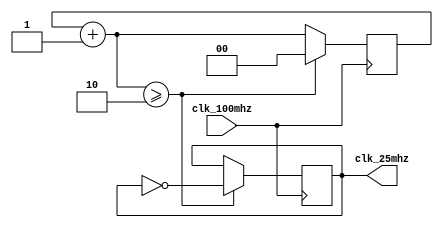
module clk_25mhz(
    clk_100mhz,
    clk_25mhz
);
    input wire clk_100mhz;
    output reg clk_25mhz;

    reg [1:0]counter;

    initial begin
        counter = 0;
        clk_25mhz = 0;
    end

    always @(posedge clk_100mhz) begin
        counter = counter + 1;
        if (counter >= 2) begin
            clk_25mhz = ~clk_25mhz;
            counter = 0;
        end
    end

endmodule